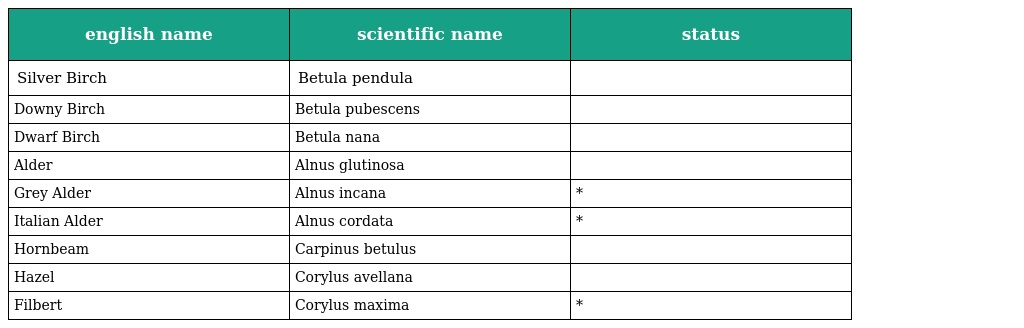
| english name | scientific name | status |
 | --- | --- | --- |
 | Silver Birch | Betula pendula |  |
 | Downy Birch | Betula pubescens |  |
 | Dwarf Birch | Betula nana |  |
 | Alder | Alnus glutinosa |  |
 | Grey Alder | Alnus incana | * |
 | Italian Alder | Alnus cordata | * |
 | Hornbeam | Carpinus betulus |  |
 | Hazel | Corylus avellana |  |
 | Filbert | Corylus maxima | * |